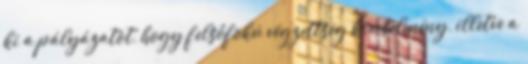
ki a pályázatot, hogy felsőfokú végzettség követelmény, illetve a